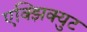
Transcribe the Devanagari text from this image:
एक्झिक्युट